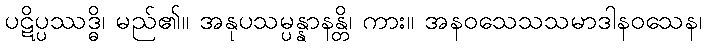
ပဋိပ္ပဿဒ္ဓိ၊ မည်၏။ အနုပသမ္ပန္နာနန္တိ၊ ကား။ အနဝသေသသမာဒါနဝသေန၊